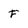
Character: f